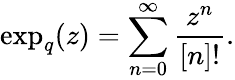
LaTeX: \exp_{q}(z)=\sum_{n=0}^{\infty}\frac{z^{n}}{[n]!}.